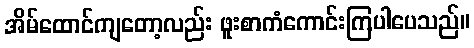
အိမ်ထောင်ကျတော့လည်း ဖူးစာကံကောင်းကြပါပေသည်။